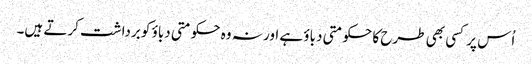
اُس پر کسی بھی طرح کا حکومتی دباؤ ہے اور نہ وہ حکومتی دباؤ کو برداشت کرتے ہیں۔